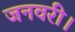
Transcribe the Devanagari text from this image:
जनवरी।